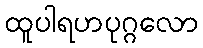
ထူပါရဟပုဂ္ဂလော